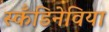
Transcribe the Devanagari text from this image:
स्कँडिनेविया